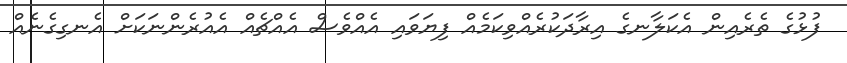
ފުޅުގެ ތެރެއިން އެކަލާނގެ އިރާދަކުރެއްވިކަމެއް ފިޔަވައި އެއްވެސް އެއްޗެއް އެއުރެންނަކަށް އެނގިގެނެއް